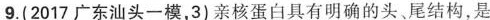
9.(2017广东汕头一模，3)亲核蛋白具有明确的头、尾结构，是